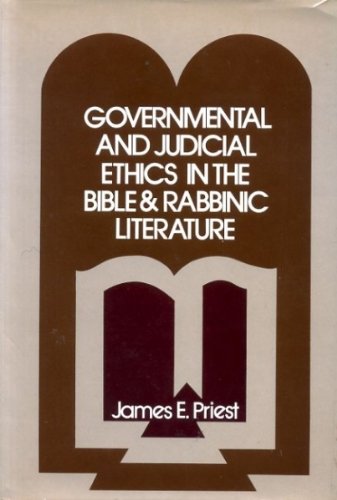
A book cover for Governmental and Judicial Ethics in the Bible and Rabbinic Literature; James Eugene Priest; Religion & Spirituality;